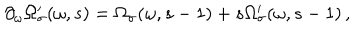
\partial _ { \omega } \Omega _ { \sigma } ^ { \prime } ( \omega , s ) = \Omega _ { \sigma } ( \omega , s - 1 ) + s \Omega _ { \sigma } ^ { \prime } ( \omega , s - 1 ) \, ,